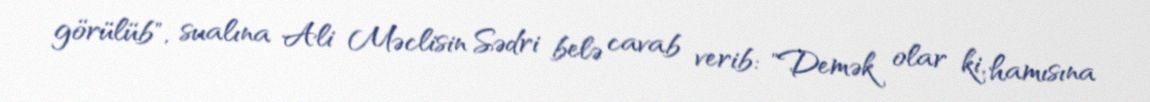
görülüb", sualına Ali Məclisin Sədri belə cavab verib: "Demək olar ki, hamısına